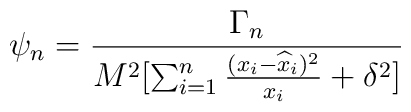
\psi_n= {\Gamma_n\over M^2[\sum_{i=1}^n {(x_i-{\widehat x}_i)^2\over x_i} + \delta^2]}